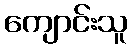
ကျောင်းသူ